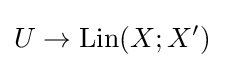
U\to \mathrm {Lin} (X;X')